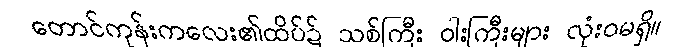
တောင်ကုန်းကလေး၏ထိပ်၌ သစ်ကြီး ဝါးကြီးများ လုံးဝမရှိ။